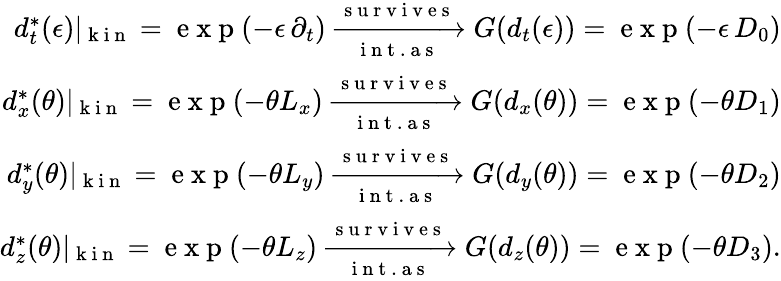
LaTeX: \begin{array}{r}{d_{t}^{*}(\epsilon)\vert_{\mathrm{~k~i~n~}}=\mathrm{~e~x~p~}(-\epsilon\, \partial_{t})\xrightarrow[\mathrm{~i~n~t~.~a~s~}]{\mathrm{~s~u~r~v~i~v~e~s~}}G(d_{t}(\epsilon))=\mathrm{~e~x~p~}(-\epsilon\, D_{0})}\\ {d_{x}^{*}(\theta)\vert_{\mathrm{~k~i~n~}}=\mathrm{~e~x~p~}(-\theta L_{x})\xrightarrow[\mathrm{~i~n~t~.~a~s~}]{\mathrm{~s~u~r~v~i~v~e~s~}}G(d_{x}(\theta))=\mathrm{~e~x~p~}(-\theta D_{1})}\\ {d_{y}^{*}(\theta)\vert_{\mathrm{~k~i~n~}}=\mathrm{~e~x~p~}(-\theta L_{y})\xrightarrow[\mathrm{~i~n~t~.~a~s~}]{\mathrm{~s~u~r~v~i~v~e~s~}}G(d_{y}(\theta))=\mathrm{~e~x~p~}(-\theta D_{2})}\\ {d_{z}^{*}(\theta)\vert_{\mathrm{~k~i~n~}}=\mathrm{~e~x~p~}(-\theta L_{z})\xrightarrow[\mathrm{~i~n~t~.~a~s~}]{\mathrm{~s~u~r~v~i~v~e~s~}}G(d_{z}(\theta))=\mathrm{~e~x~p~}(-\theta D_{3}).}\end{array}